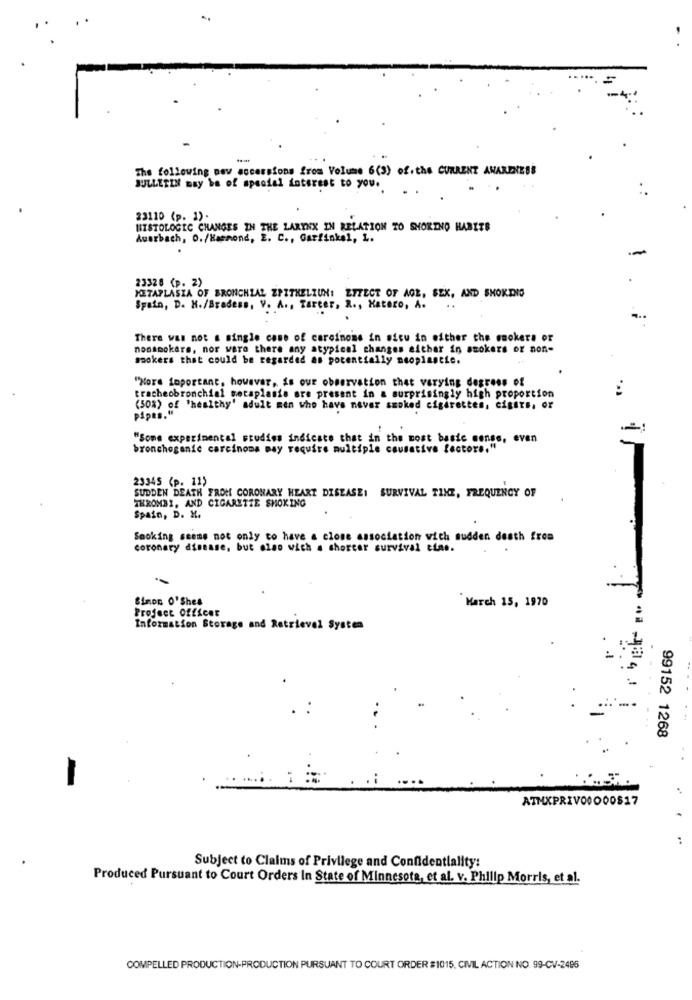
The following now accersions from Volume 6(3) of. the CURRENT AWARENESS
BULLETINI may be of special interest to you.
33110 (p. 1).
HISTOLOGIC CHANGES IN THE LARYNX IN RELATION TO SHORTNO HABITS
Auerbach, O./Hammond, E. C ., Garfinkel, L.
.
23328 (p. 2)
METAPLASIA OF BRONCHIAL EPITHELIUM: EFFECT OF AGE, SEX, AND SMOKING
Spain, D. H./Bradess. V. A ., Tarcer. R ., Katero, A.
There was not a single case of carcinome in situ in either the mnokets or
nonsmokers, nor wara there any atypical changes aithar in smokers or non-
sookers that could be regarded as potentially neoplastie.
"More important, however, is our observation that varying degrees of
tracheobronchial metaplasia are present in a surprisingly high proportion
(50%) of 'healthy' adult men who have never smoked cigarettes, cigars, or
pipes."
"Some experimental studies indicate that in the most basic sense, even
bronchoganie carcinoma may require multiple causative factors."
23345 (p. 11)
SUDDEN DEATH FROM CORONARY HEART DISEASE: SURVIVAL TIME, FREQUENCY OF
THROMBI, AND CIGARETTE SMOKING
Spain, D. H.
Smoking seems not only to have a close association with sudden death frea
coronary disease, but elao wich a shorter survival cine.
-
Sinon O'Shea
Project Officer
March 15, 1970
Information Storage and Retrieval System
99152 1268
-
ATMXPRIV00000817
Subject to Claims of Privilege and Confidentiality:
Produced Pursuant to Court Orders In State of Minnesota, et al. v. Philip Morris, et al.
COMPELLED PRODUCTION-PRODUCTION PURSUANT TO COURT ORDER #1015, CIVIL ACTION NO. 99-CV-2486